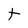
Character: t